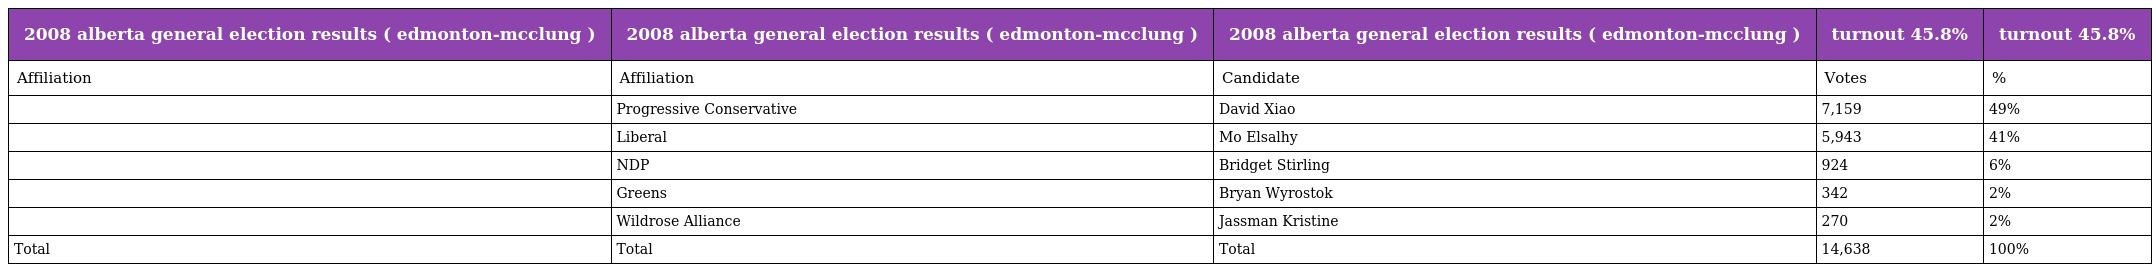
| 2008 alberta general election results ( edmonton-mcclung ) | 2008 alberta general election results ( edmonton-mcclung ) | 2008 alberta general election results ( edmonton-mcclung ) | turnout 45.8% | turnout 45.8% |
 | --- | --- | --- | --- | --- |
 | Affiliation | Affiliation | Candidate | Votes | % |
 |  | Progressive Conservative | David Xiao | 7,159 | 49% |
 |  | Liberal | Mo Elsalhy | 5,943 | 41% |
 |  | NDP | Bridget Stirling | 924 | 6% |
 |  | Greens | Bryan Wyrostok | 342 | 2% |
 |  | Wildrose Alliance | Jassman Kristine | 270 | 2% |
 | Total | Total | Total | 14,638 | 100% |